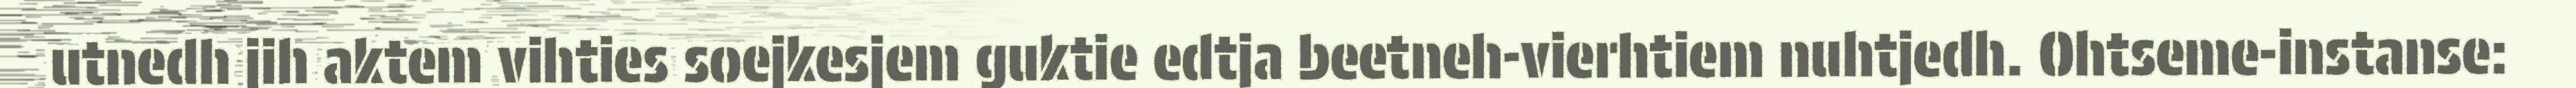
utnedh jih aktem vihties soejkesjem guktie edtja beetneh-vierhtiem nuhtjedh. Ohtseme-instanse: